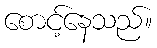
စောင့်နေသည်။